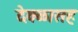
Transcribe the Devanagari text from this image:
देवळासह